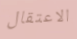
الاعتقال